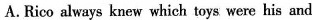
A.Rico always knew which toys were his and